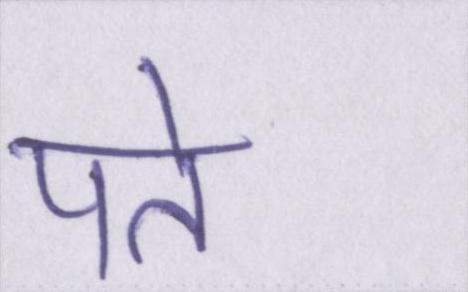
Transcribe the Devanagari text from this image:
पते